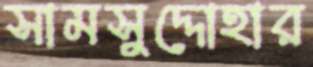
সামসুদ্দোহার